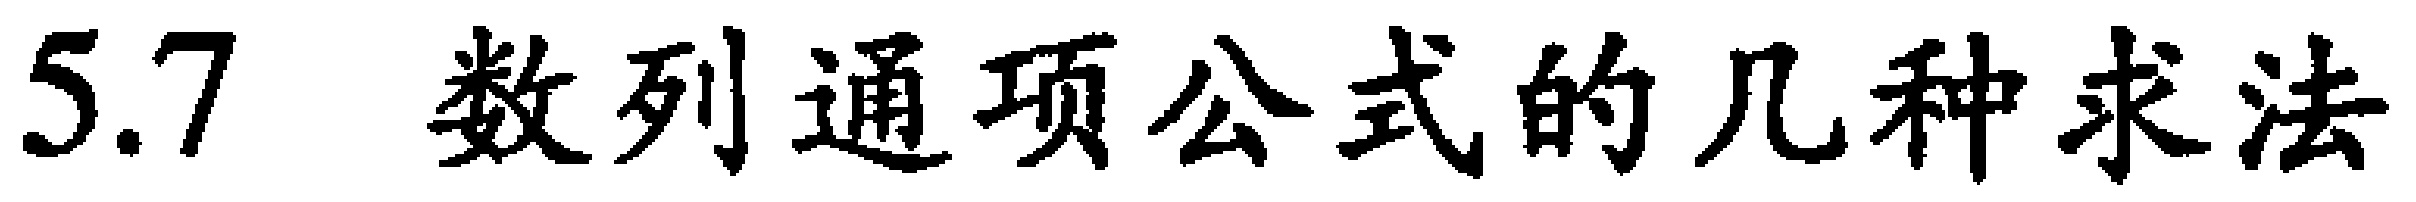
5.7 数列通项公式的几种求法